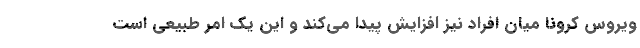
ویروس کرونا میان افراد نیز افزایش پیدا می‌کند و این یک امر طبیعی است